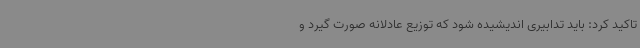
تاکید کرد: باید تدابیری اندیشیده شود که توزیع عادلانه صورت گیرد و